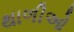
થાળીઓ